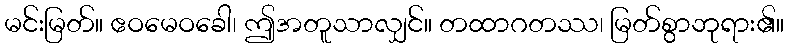
မင်းမြတ်။ ဧဝမေဝခေါ၊ ဤအတူသာလျှင်။ တထာဂတဿ၊ မြတ်စွာဘုရား၏။